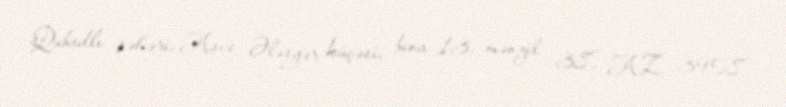
Qubadlı şəhəri, Aşıq Ələsgər küçəsi, bina 13, mənzil 38, AZ 3908